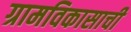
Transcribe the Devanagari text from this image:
ग्रामविकासाची